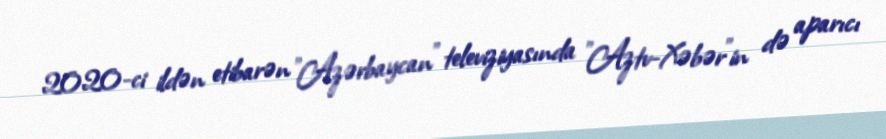
2020-ci ildən etibarən "Azərbaycan" televiziyasında "Aztv-Xəbər"in də aparıcı